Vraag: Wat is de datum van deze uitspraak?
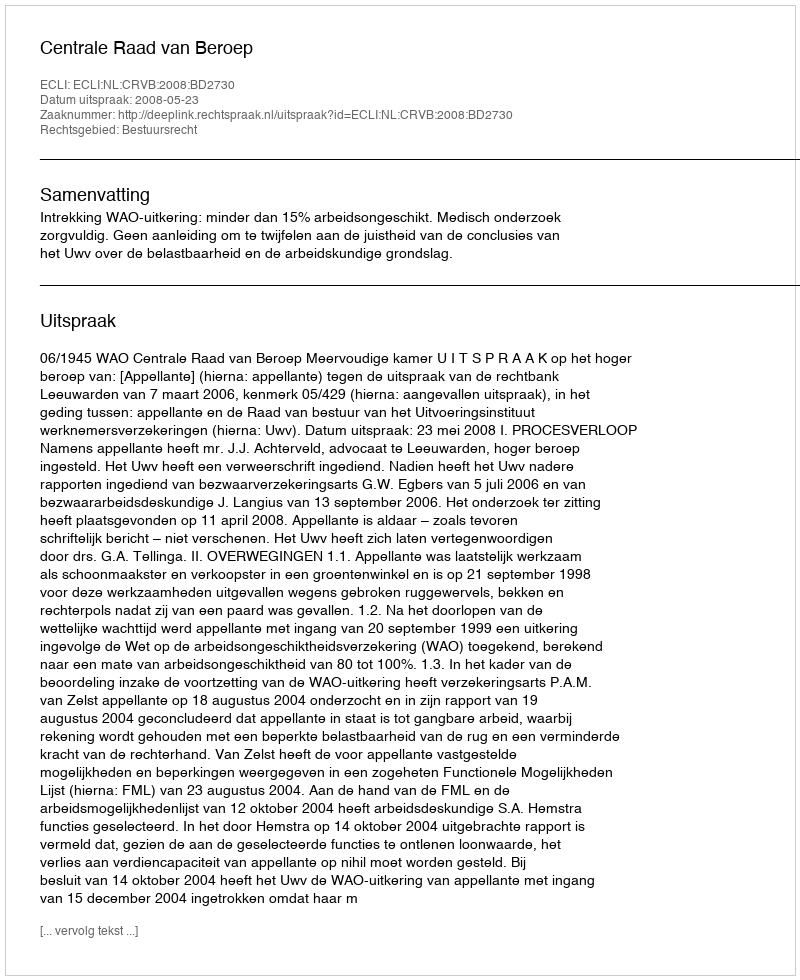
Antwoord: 2008-05-23